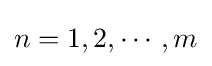
n=1,2,\cdots ,m